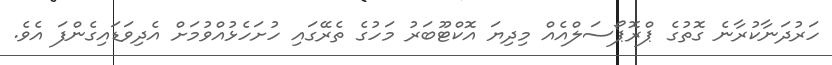
ހަރުދަނާކުރާނެ ގޮތުގެ ޕްރޮޕޯސަލްއެއް މިދިޔަ އޮކްޓޫބަރު މަހުގެ ތެރޭގައި ހުށަހެޅުއްވުމަށް އެދިވަޑައިގެންފަ އެވެ.